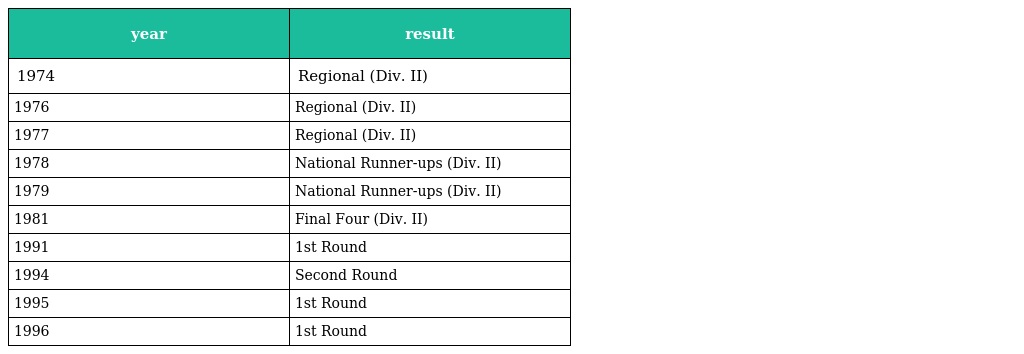
| year | result |
 | --- | --- |
 | 1974 | Regional (Div. II) |
 | 1976 | Regional (Div. II) |
 | 1977 | Regional (Div. II) |
 | 1978 | National Runner-ups (Div. II) |
 | 1979 | National Runner-ups (Div. II) |
 | 1981 | Final Four (Div. II) |
 | 1991 | 1st Round |
 | 1994 | Second Round |
 | 1995 | 1st Round |
 | 1996 | 1st Round |